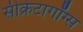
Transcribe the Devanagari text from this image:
सीक्रेटागॉग्स